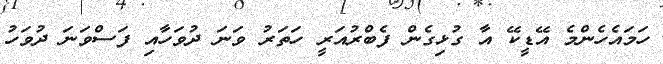
ހަމައެހެންމެ އޭޑީކޭ އާ ގުޅިގެން ފެބްރުއަރީ ހަތަރު ވަނަ ދުވަހާއި ފަސްވަނަ ދުވަހު